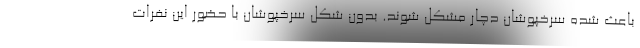
باعث شده سرخپوشان دچار مشکل شوند. بدون شکل سرخپوشان با حضور این نفرات